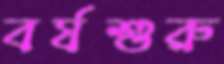
বর্ষশুরু